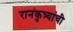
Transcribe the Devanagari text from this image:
रानकुत्र्यांची